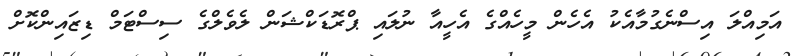
އަމިއްލަ އިސްނެގުމާއެކު އެހެން މީހެއްގެ އެހީއާ ނުލައި ޕްރޮޑަކްޝަން ލެވެލްގެ ސިސްޓަމް ޑިޒައިންކޮށް